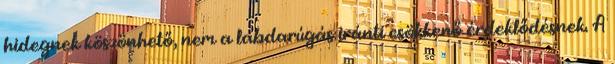
hidegnek köszönhető, nem a labdarúgás iránti csökkenő érdeklődésnek. A